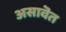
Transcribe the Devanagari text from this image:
असावॆत